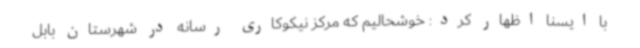
با ایسنا اظهار کرد: خوشحالیم که مرکز نیکوکاری رسانه در شهرستان بابل